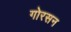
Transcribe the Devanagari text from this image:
गोरसन